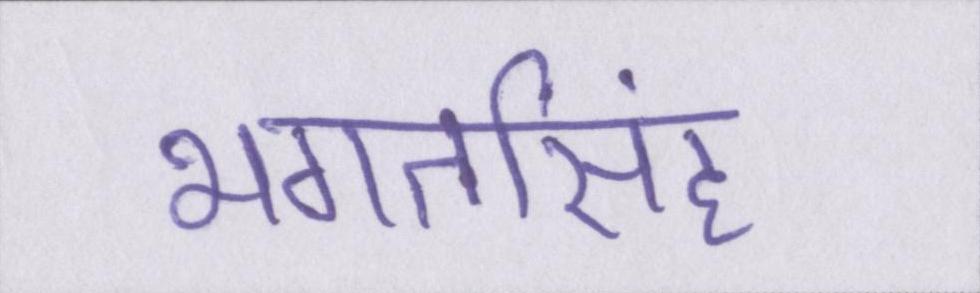
भगतसिंह